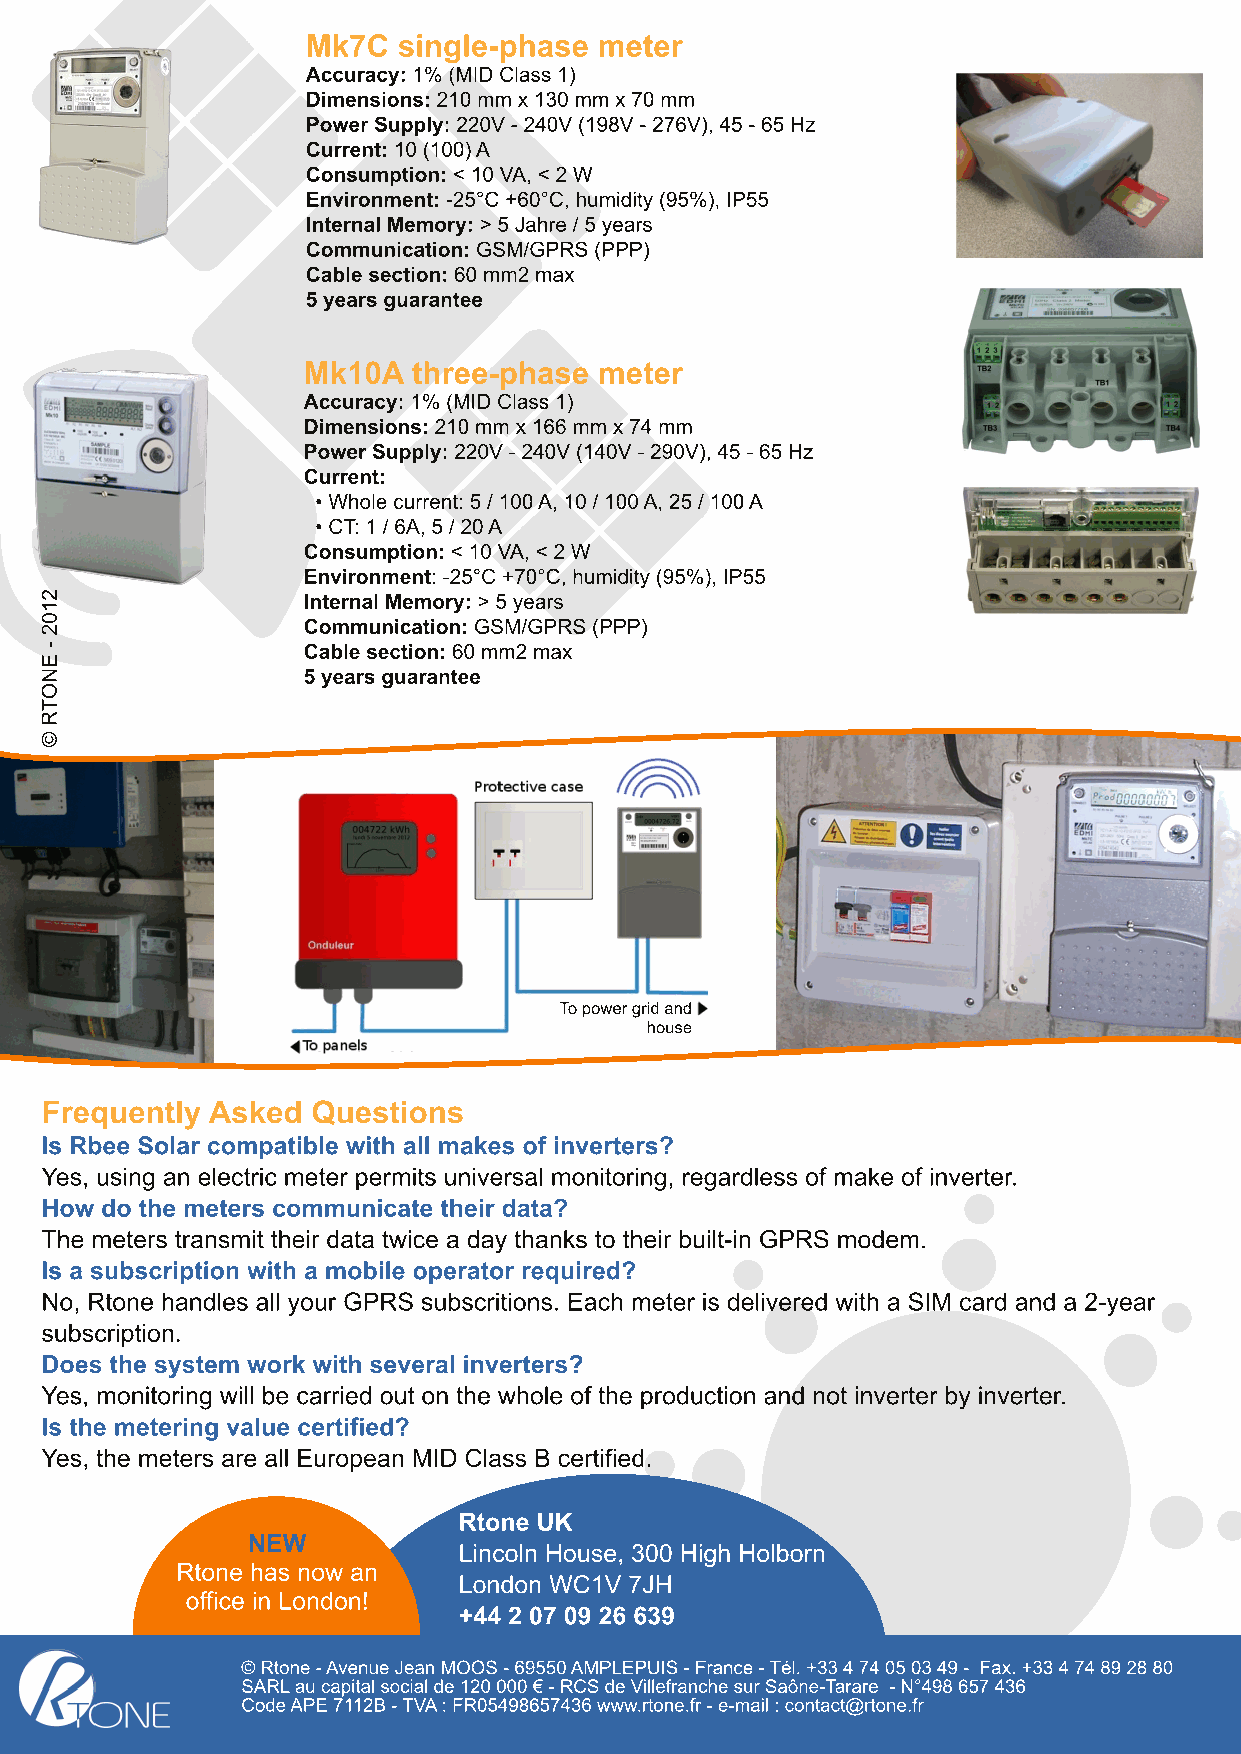
Mk7C  single-phase  meter
 Accuracy: 1% (MID Class 1)
 Dimensions: 210 mm x130 mm x70 mm
 PowerSupply: 220V- 240V(198V- 276V), 45 - 65 Hz
 Current: 10 (100)A
 Consumption: < 10 VA, < 2 W
 Environment: -25°C +60°C, humidity(95%), IP55
 Internal Memory: > 5 Jahre /5 years
 Communication: GSM/GPRS (PPP)
 Cable section: 60 mm2 max
 5 years guarantee
 Mk10A  three-phase  meter
 Accuracy: 1% (MID Class 1)
 Dimensions: 210 mm x166 mm x74 mm
 PowerSupply: 220V- 240V(140V- 290V), 45 - 65 Hz
 Current:
 • Whole current: 5 /100A, 10 /100A, 25 /100A
 • CT: 1 /6A, 5 /20A
 Consumption: < 10 VA, < 2 W
 Environment: -25°C +70°C, humidity(95%), IP55
 Internal Memory: > 5 years
 Communication: GSM/GPRS (PPP)
 Cable section: 60 mm2 max
 5 years guarantee
 Topowergridand
 house
 Frequently Asked  Questions
 Is Rbee Solar compatible with all makes ofinverters?
 Yes, using an electric meter permits universal monitoring, regardless ofmake ofinverter.
 How do the meters communicate their data?
 The meters transmit their data twice a day thanks to their built-in GPRS modem.
 Is a subscription with a mobile operator required?
 No, Rtone handles all your GPRS subscritions. Each meter is delivered with a SIM card and a 2-year
 subscription.
 Does the system work with several inverters?
 Yes, monitoring will be carried out on the whole ofthe production and not inverter by inverter.
 Is the metering value certified?
 Yes, the meters are all European MID Class B certified.
 Rtone UK
 NEW
 Lincoln House, 300 High Holborn
 Rtone has now an
 London WC1V 7JH
 office in London!
 +44 2 07 09 26 639
 ©Rtone-AvenueJean MOOS-69550AMPLEPUIS-France-Tél. +33474050349- Fax. +33474892880
 SARLau capital social de120000€-RCSdeVillefranchesurSaône-Tarare -N°498657436
 CodeAPE7112B-TVA: FR05498657436www.rtone.fr-e-mail : contact@rtone.fr
 2102
 -
 ENOTR©